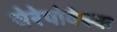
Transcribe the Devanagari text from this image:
चेरेपोवेस्क